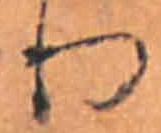
り